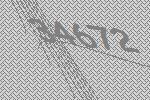
34672